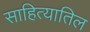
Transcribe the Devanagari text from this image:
साहित्यातिल